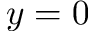
y = 0